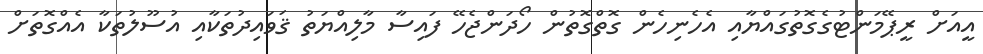
އީއަށް ރީޕޭމަންޓުގެގޮތުގައްޔާއި އެހެނިހެން ގޮތްގޮތުން ހޯދަންޖެހޭ ފައިސާ މާލިއްޔަތު ޤަވައިދުތަކާއި އުސޫލުތަކާ އެއްގޮތަށް